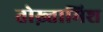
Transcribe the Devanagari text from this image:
तोख़्तामिश